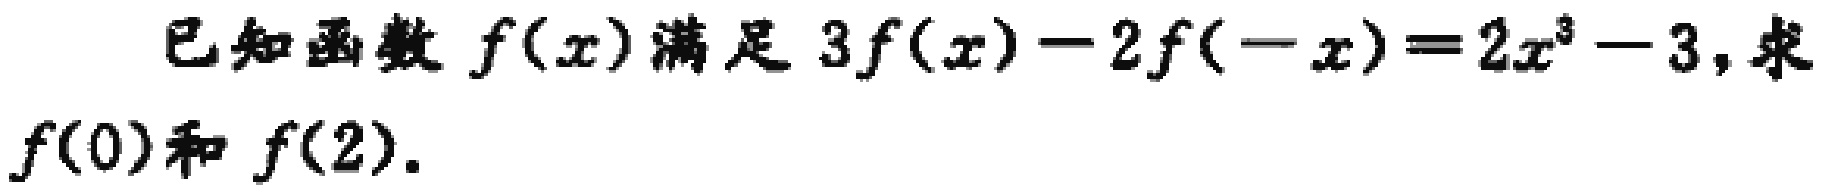
已知函数 \(f(x)\)满足 \(3f(x)-2f(-x)=2x^{3}-3\)，求 \(f(0)\)和 \(f(2)\)。